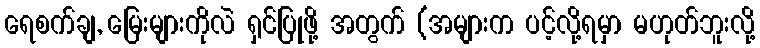
ရေစက်ချ, မြေးများကိုလဲ ရှင်ပြုဖို့ အတွက် (အများက ပင့်လို့ရမှာ မဟုတ်ဘူးလို့